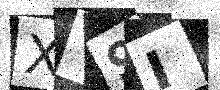
Text: XV9I